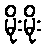
မိုးမိုး